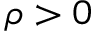
\rho > 0